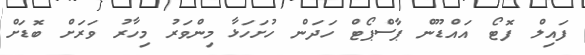
ފައިލް ފޮޓޯ އައްޑޫން ޕާސްޕޯޓް ހަދަން ހުށަހަޅާ މިންވަރު މިހާރު ވަރަށް ބޮޑަށް